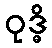
ဝုဒ္ဓိ